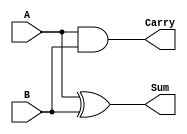
module half_adder (
    input wire A,      // Input A
    input wire B,      // Input B
    output wire Sum,   // Sum output
    output wire Carry  // Carry output
);
    assign Sum = A ^ B;      // Sum is A XOR B
    assign Carry = A & B;    // Carry is A AND B
endmodule